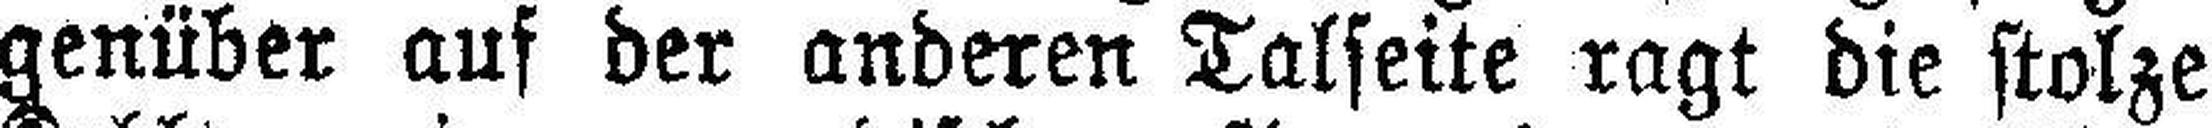
genüber auf der anderen Talseite ragt die stolze